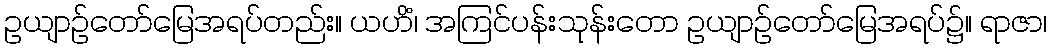
ဥယျာဉ်တော်မြေအရပ်တည်း။ ယဟိံ၊ အကြင်ပန်းသုန်းတော ဥယျာဉ်တော်မြေအရပ်၌။ ရာဇာ၊